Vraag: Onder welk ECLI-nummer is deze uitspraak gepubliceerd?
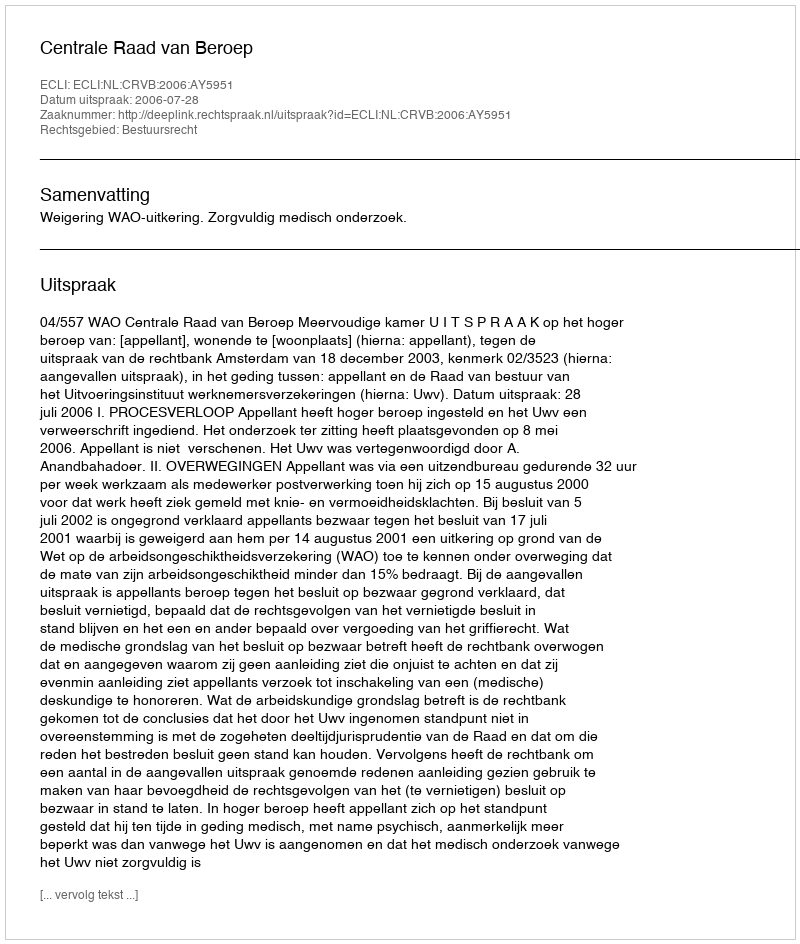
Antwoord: ECLI:NL:CRVB:2006:AY5951